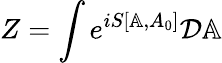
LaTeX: Z=\int e^{iS[\mathbb{A},A_{0}]}{\cal D}\mathbb{A}